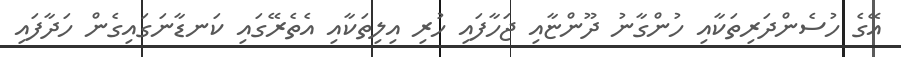
އޭގެ ހުސެންދަރިތަކާއި ހުންގާނު ދޫންޏާއި ޖަހާފައި ހުރި އިލިތަކާއި އެތެރޭގައި ކަނޑާނަގައިގެން ހަދާފައި